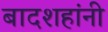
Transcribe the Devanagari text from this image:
बादशहांनी